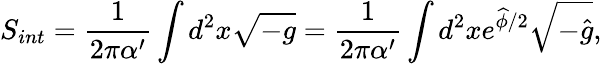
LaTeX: S_{int}=\frac{1}{2\pi\alpha^{\prime}}\int d^{2}x\sqrt{-g}=\frac{1}{2\pi\alpha^{\prime}}\int d^{2}xe^{\widehat{\phi}/2}\sqrt{-\widehat{g}},